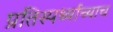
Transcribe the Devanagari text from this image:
प्रतिस्पर्ध्याच्याच